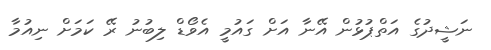
ނަޝީދުގެ އަތްޕުޅުން އޭނާ އަށް ގައުމީ އެވޯޑް ލިބުނު ރޭ ކަމަށް ނިއުމާ